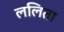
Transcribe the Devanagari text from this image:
ललिता